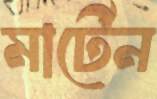
মার্টেন